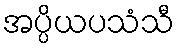
အပ္ပိယပသံသီ